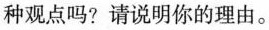
种观点吗?请说明你的理由。